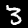
Digit: 3